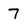
Character: 7